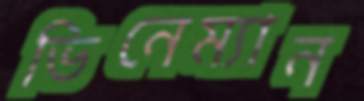
ভিনেম্যান